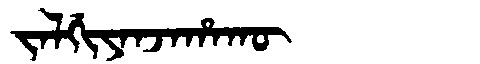
Manchu: ᠵᠠᠯᡤᡳᠶᠠᠨᠵᠠᡥᠠᡴᡡ
Romanization: JALGIYANJAHAKŪ